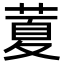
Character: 𦷜